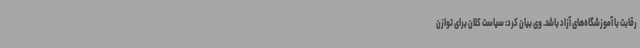
رقابت با آموزشگاه‌های آزاد باشد. وی بیان کرد: سیاست کلان برای توازن